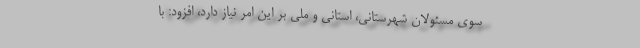
سوی مسئولان شهرستانی، استانی و ملی بر این امر نیاز دارد، افزود: با